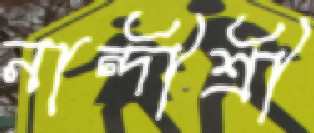
নান্দীশ্রী